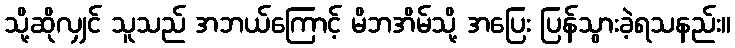
သို့ဆိုလျှင် သူသည် အဘယ်ကြောင့် မိဘအိမ်သို့ အပြေး ပြန်သွားခဲ့ရသနည်း။